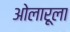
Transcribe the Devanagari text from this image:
ओलारूला